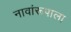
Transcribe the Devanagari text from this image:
नावांरूपाला